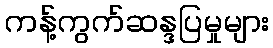
ကန့်ကွက်ဆန္ဒပြမှုများ